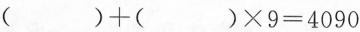
$$( )+( )\times9=4090$$